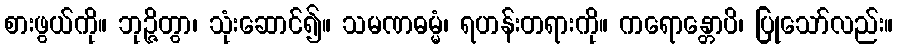
စားဖွယ်ကို။ ဘုဉ္ဇိတွာ၊ သုံးဆောင်၍။ သမဏဓမ္မံ၊ ရဟန်းတရားကို။ ကရောန္တောပိ၊ ပြုသော်လည်း။